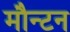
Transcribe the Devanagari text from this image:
मौन्टन